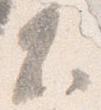
不